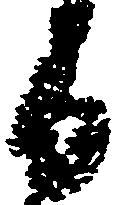
日